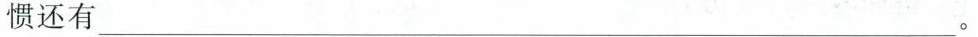
惯还有___。